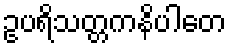
ဥပရိသတ္တကနိပါတေ